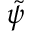
\tilde { \psi }